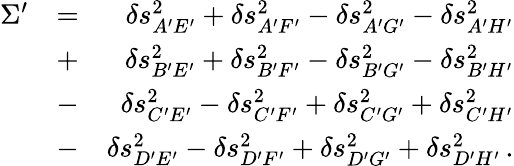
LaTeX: \begin{array}{rlr}{\Sigma^{\prime}}&{=}&{\delta s_{A^{\prime}E^{\prime}}^{2}+\delta s_{A^{\prime}F^{\prime}}^{2}-\delta s_{A^{\prime}G^{\prime}}^{2}-\delta s_{A^{\prime}H^{\prime}}^{2}}\\ &{+}&{\delta s_{B^{\prime}E^{\prime}}^{2}+\delta s_{B^{\prime}F^{\prime}}^{2}-\delta s_{B^{\prime}G^{\prime}}^{2}-\delta s_{B^{\prime}H^{\prime}}^{2}}\\ &{-}&{\delta s_{C^{\prime}E^{\prime}}^{2}-\delta s_{C^{\prime}F^{\prime}}^{2}+\delta s_{C^{\prime}G^{\prime}}^{2}+\delta s_{C^{\prime}H^{\prime}}^{2}}\\ &{-}&{\delta s_{D^{\prime}E^{\prime}}^{2}-\delta s_{D^{\prime}F^{\prime}}^{2}+\delta s_{D^{\prime}G^{\prime}}^{2}+\delta s_{D^{\prime}H^{\prime}}^{2}\, .}\end{array}